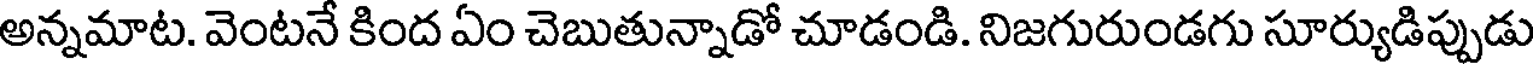
అన్నమాట. వెంటనే కింద ఏం చెబుతున్నాడో చూడండి. నిజగురుండగు సూర్యుడిప్పుడు